Lunatic asylums in Bengal annual reports 1899-1911 - 1899-1911
Year: 1899
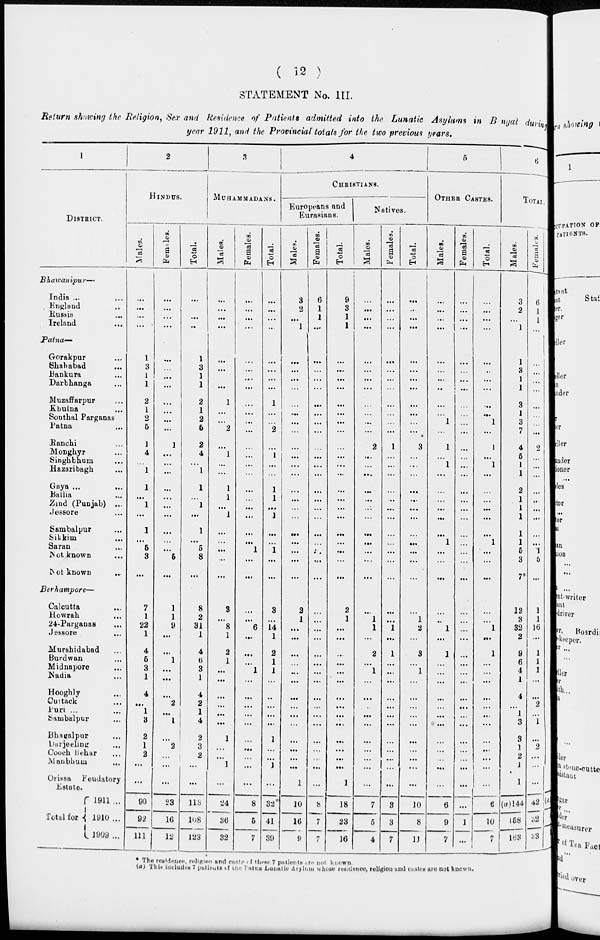
(
12
)
STATEMENT No. III.
Return showing the Religion, Sex and Residence of Patients admitted into the Lunatic Asylum in Bengal during
year 1911, and the Provincial totals for the two previous years.
1
DISTRICT.
Bhawanipur—
India ... ...
England ...
Russin
Ireland ...
Patna—
Gorakpur ...
Shahabad ...
Bankura ...
Darbhanga ...
Muzaffarpur ...
Khulna ...
Sonthal Parganas
Patna ...
Ranchi ...
Monghyr ...
Singhbhum ...
Hazaribagh ...
Gaya ... ...
Ballia ...
Zind (Punjab) ...
Jessore ...
Sambalpur ...
Sikkim
Saran ...
Not known ...
Not known
...
Berhampore—
Calcutta ...
Howrah ...
24-Parganas ...
Jessore ...
Murshidabad ...
Burdwan ...
Midnapore ...
Nadia ...
Hooghly ...
Cuttack ...
Puri ... ...
Sambalpur ...
Bhagalpur ...
Darjeeling ...
Cooch Behar ...
Manbhum ...
Orissa Feudatory
state.
Total for
1911 ...
1910 ...
1909 ...
2
HINDUS.
Males.
...
...
...
...
1
3
1
1
2
1
2
5
1
4
...
1
1
...
1
...
1
...
5
3
...
7
1
22
1
4
5
3
1
4
...
1
3
2
1
2
...
...
90
92
111
Females.
...
...
...
...
...
...
...
...
...
...
...
...
1
...
...
...
...
...
...
...
...
...
...
6
...
1
1
9
...
...
1
...
...
...
2
...
1
...
2
...
...
...
23
16
12
Total.
...
...
...
...
1
3
1
1
2
1
2
6
2
4
...
1
1
...
1
...
1
...
5
8
...
8
2
31
1
4
6
3
1
4
2
1
4
2
3
2
...
...
113
108
123
3
MUHAMMADANS.
Males.
...
...
...
...
...
...
...
...
1
...
...
2
...
1
...
...
1
1
...
1
...
...
...
...
...
3
...
8
1
2
1
...
...
...
...
...
...
1
...
...
1
...
24
36
32
Females.
...
...
...
...
...
...
...
...
...
...
...
...
...
...
...
...
...
...
...
...
...
...
1
...
...
...
...
6
...
...
...
1
...
...
...
...
...
...
...
...
...
...
8
5
7
Total.
...
...
...
...
...
...
...
...
1
...
...
2
...
1
...
...
1
1
...
1
...
...
1
...
...
3
...
14
1
2
1
1
...
...
...
...
...
1
...
...
1
...
32
41
39
4
CHRISTIANS.
Europeans and
Eurasians.
Males.
3
2
...
1
...
...
...
...
...
...
...
...
...
...
...
...
...
...
...
...
...
...
...
...
...
2
1
...
...
...
...
...
...
...
...
...
...
...
...
...
...
1
10
16
9
Females.
6
1
1
...
...
...
...
...
...
...
...
...
...
...
...
...
...
...
...
...
...
...
...
...
...
...
...
...
...
...
...
...
...
...
...
...
...
...
...
...
...
...
8
7
7
Total.
9
3
1
1
...
...
...
...
...
...
...
...
...
...
...
...
...
...
...
...
...
...
...
...
...
2
1
...
...
...
...
...
...
...
...
...
...
...
...
...
...
1
18
23
16
Natives.
Males.
...
...
...
...
...
...
...
...
...
...
...
...
2
...
...
...
...
...
...
...
...
...
...
...
...
...
1
1
...
2
...
1
...
...
...
...
...
...
...
...
...
...
7
5
4
Females.
...
...
...
...
...
...
...
...
...
...
...
...
1
...
...
...
...
...
...
...
...
...
...
...
...
...
...
1
...
1
...
...
...
...
...
...
...
...
...
...
...
...
3
3
7
Total.
...
...
...
...
...
...
...
...
...
...
...
...
3
...
...
...
...
...
...
...
...
...
...
...
...
...
1
2
...
3
...
1
...
...
...
...
...
...
...
...
...
...
10
8
11
5
OTHER CASTES.
Males.
...
...
...
...
...
...
...
...
...
...
1
...
1
...
1
...
...
...
...
...
...
1
...
...
...
...
...
1
...
1
...
...
...
...
...
...
...
...
...
...
...
...
6
9
7
Females.
...
...
...
...
...
...
...
...
...
...
...
...
...
...
...
...
...
...
...
...
...
...
...
...
...
...
...
...
...
...
...
...
...
...
...
...
...
...
...
...
...
...
1
...
Total.
...
...
...
...
...
...
...
...
...
...
1
...
1
...
1
...
...
...
...
...
...
1
...
...
...
...
...
1
...
1
...
...
...
...
...
...
...
...
...
...
...
...
6
10
7
6
TOTAL.
Males.
3
2
...
1
1
3
1
1
3
1
3
7
4
5
1
1
2
1
1
1
1
1
6
3
7*
12
3
32
2
9
6
4
1
4
...
1
3
3
1
2
1
1
(a) 144
158
163
Females.
6
1
1
...
...
...
...
...
...
...
...
...
2
...
...
...
...
...
...
...
...
...
1
5
...
1
1
16
...
1
1
1
...
...
2
...
1
...
2
...
...
...
42
32
33
* The residence, religion and caste of these 7 patients are not known
(a)This includes 7 putients of the Patna Lunatic Asylum whose residence, religion and castes are not known.